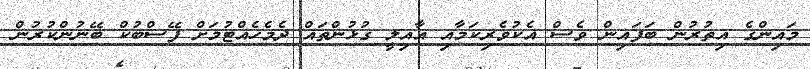
މައިންގެ އިތުރުން ބަފައިން ވެސް އެކުވެރިކަމާއި އާއިލީ ގުޅުންތައް ދެމެހެއްޓުމަށް ފޭސްބުކް ބޭނުންކުރުން